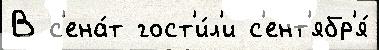
В с'ена́т гост'и́л'и с'ент'ябр'я́